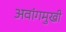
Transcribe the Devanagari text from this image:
अवांगमुखी